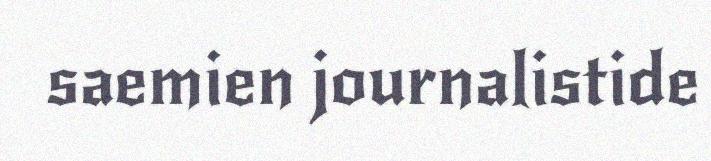
saemien journalistide